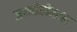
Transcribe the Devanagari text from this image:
जम्बोहोस्टल